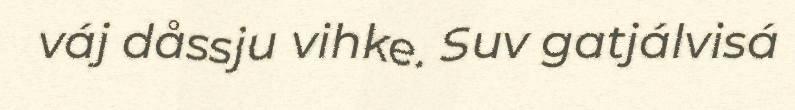
váj dåssju vihke. Suv gatjálvisá